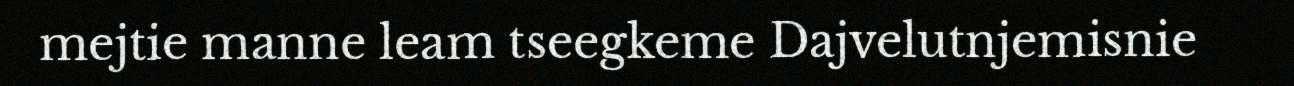
mejtie manne leam tseegkeme Dajvelutnjemisnie